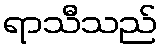
ရာသီသည်